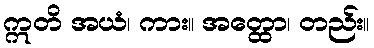
ဣတိ အယံ၊ ကား။ အတ္ထော၊ တည်း။